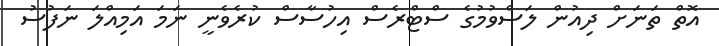
އޮތް ތަނަށް ދިއުން ލަސްވުމުގެ ސްޓްރެސް އިހުސާސް ކުރެވެނީ ނަމަ އަމިއްލަ ނަފުސު